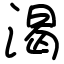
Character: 渴